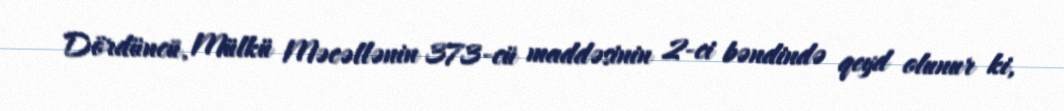
Dördüncü, Mülkü Məcəllənin 373-cü maddəsinin 2-ci bəndində qeyd olunur ki,